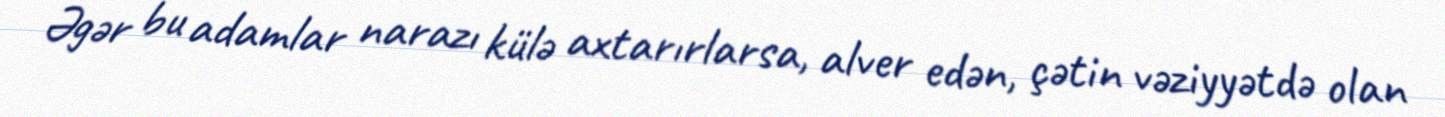
Əgər bu adamlar narazı külə axtarırlarsa, alver edən, çətin vəziyyətdə olan